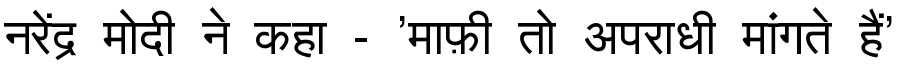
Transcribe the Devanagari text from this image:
नरेंद्र मोदी ने कहा - 'माफ़ी तो अपराधी मांगते हैं'